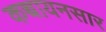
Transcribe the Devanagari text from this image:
कच्चायनसार